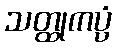
သတ္ထုကပ္ပံ